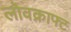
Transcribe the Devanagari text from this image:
लोवक्राफ्ट